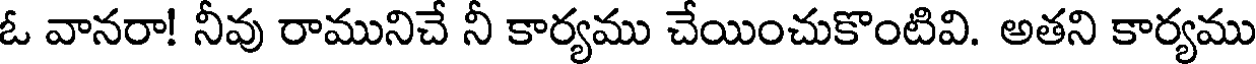
ఓ వానరా! నీవు రామునిచే నీ కార్యము చేయించుకొంటివి. అతని కార్యము